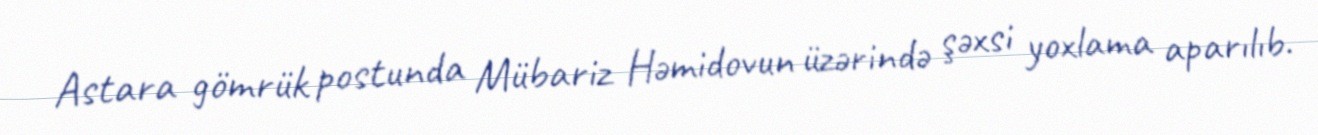
Astara gömrük postunda Mübariz Həmidovun üzərində şəxsi yoxlama aparılıb.